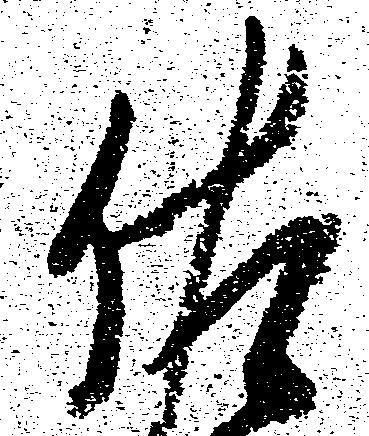
佐